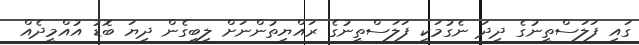
ގައި ފަލަސްތީނުގެ ދިދަ ނެގުމަކީ ފަލަސްތީނުގެ ރައްޔިތުންނަށް ލިބިގެން ދިޔަ ބޮޑު އުއްމީދެއް